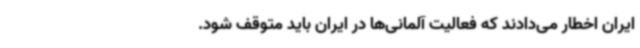
ایران اخطار می‌دادند که فعالیت آلمانی‌ها در ایران باید متوقف شود.